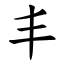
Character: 丰